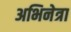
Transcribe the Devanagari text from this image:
अभिनेत्रा